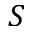
S